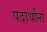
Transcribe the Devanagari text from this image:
पदार्थानां